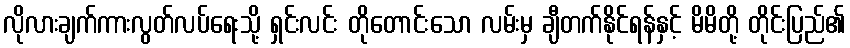
လိုလားချက်ကားလွတ်လပ်ရေးသို့ ရှင်းလင်း တိုတောင်းသော လမ်းမှ ချီတက်နိုင်ရန်နှင့် မိမိတို့ တိုင်းပြည်၏